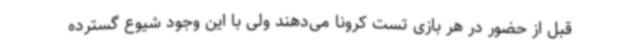
قبل از حضور در هر بازی تست کرونا می‌دهند ولی با این وجود شیوع گسترده